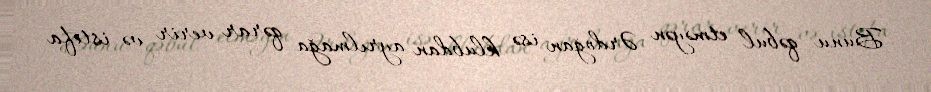
Bunu qəbul etməyən Ərdoğan isə klubdan ayrılmağa qərar verir və istefa